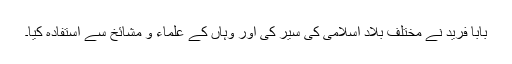
بابا فرید نے مختلف بلادِ اسلامی کی سیر کی اور وہاں کے علماء و مشائخ سے استفادہ کیا۔